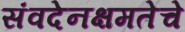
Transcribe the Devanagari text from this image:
संवदेनक्षमतेचे